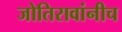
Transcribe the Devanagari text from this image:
जोतिरावांनीच